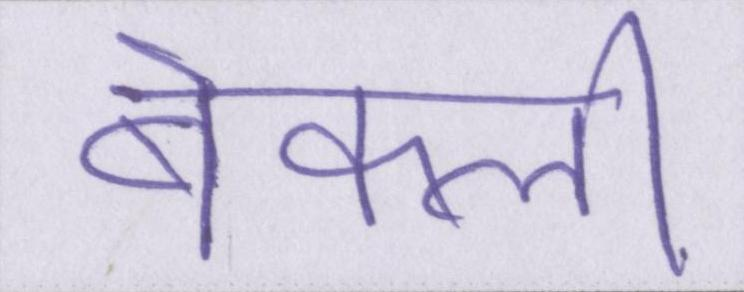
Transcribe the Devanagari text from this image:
बेकली